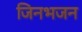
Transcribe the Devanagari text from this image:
जिनभजन